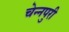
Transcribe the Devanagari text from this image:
चेन्नपुरी